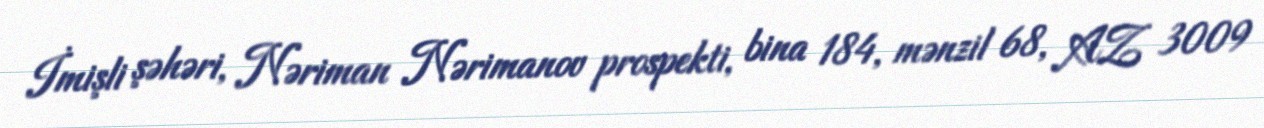
İmişli şəhəri, Nəriman Nərimanov prospekti, bina 184, mənzil 68, AZ 3009